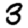
Digit: 3